Annual report on the Civil Veterinary Department, Burma (including the Insein Veterinary School) - 1932-1941
Year: 1932
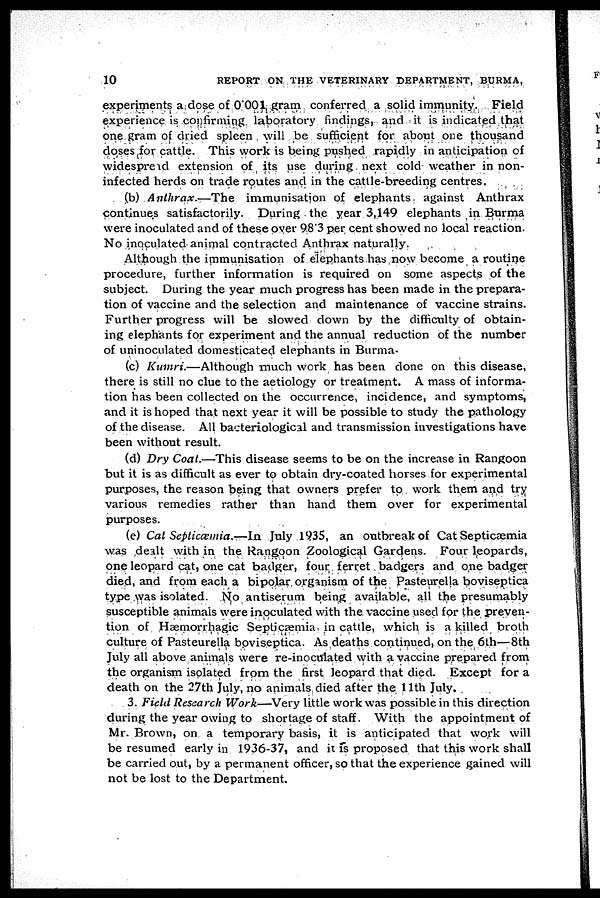
10
REPORT ON THE VETERINARY DEPARTMENT, BURMA,
experiments a dose of 0.001 gram conferred a solid immunity. Field
experience is confirming laboratory findings, and it is indicated that
one gram of dried spleen will be sufficient for about one thousand
doses for cattle. This work is being pushed rapidly in anticipation of
widespread extension of its use during next cold weather in non-
infected herds on trade routes and in the cattle-breeding centres.
(b) Anthrax.—The
immunisation of elephants against Anthrax
continues satisfactorily. During the year 3,149 elephants in Burma
were inoculated and of these over 98'3 per cent showed no local reaction.
No inoculated animal contracted Anthrax naturally.
Although the immunisation of elephants has now become a routine
procedure, further information is required on some aspects of the
subject. During the year much progress has been made in the prepara-
tion of vaccine and the selection and maintenance of vaccine strains.
Further progress will be slowed down by the difficulty of obtain-
ing elephants for experiment and the annual reduction of the number
of uninoculated domesticated elephants in Burma-
(c) Kumri.—Although much work has been done on this disease,
there is still no clue to the aetiology or treatment. A mass of informa-
tion has been collected on the occurrence, incidence, and symptoms,
and it is hoped that next year it will be possible to study the pathology
of the disease. All bacteriological and transmission investigations have
been without result.
(d) Dry Coat.—This disease seems to be on the increase in Rangoon
but it is as difficult as ever to obtain dry-coated horses for experimental
purposes, the reason being that owners prefer to work them and try
various remedies rather than hand them over for experimental
purposes.
(e) Cat Septicæmia.—In July 1935, an outbreak of Cat Septicæmia
was dealt with in the Rangoon Zoological Gardens. Four leopards,
one leopard cat, one cat badger, four ferret badgers and one badger
died, and from each a bipolar organism of the Pasteurella boviseptica
type was isolated. No antiserum being available, all the presumably
susceptible animals were inoculated with the vaccine used for the preven-
tion of Hæmorrhagic Septicæmia in cattle, which is a killed broth
culture of Pasteurella boviseptica. As deaths continued, on the 6th—8th
July all above animals were re-inoculated with a vaccine prepared from
the organism isolated from the first leopard that died. Except for a
death on the 27th July, no animals died after the 11th July.
3. Field Research Work—Very little work was possible in this direction
during the year owing to shortage of staff. With the appointment of
Mr. Brown, on a temporary basis, it is anticipated that work will
be resumed early in 1936-37, and it is proposed that this work shall
be carried out, by a permanent officer, so that the experience gained will
not be lost to the Department.